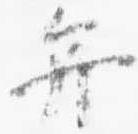
弁